Vital statistics of India. Vol. V, Reports of 1876 on armies & jails and on epidemic cholera
Year: 1876
Disease focus: Cholera
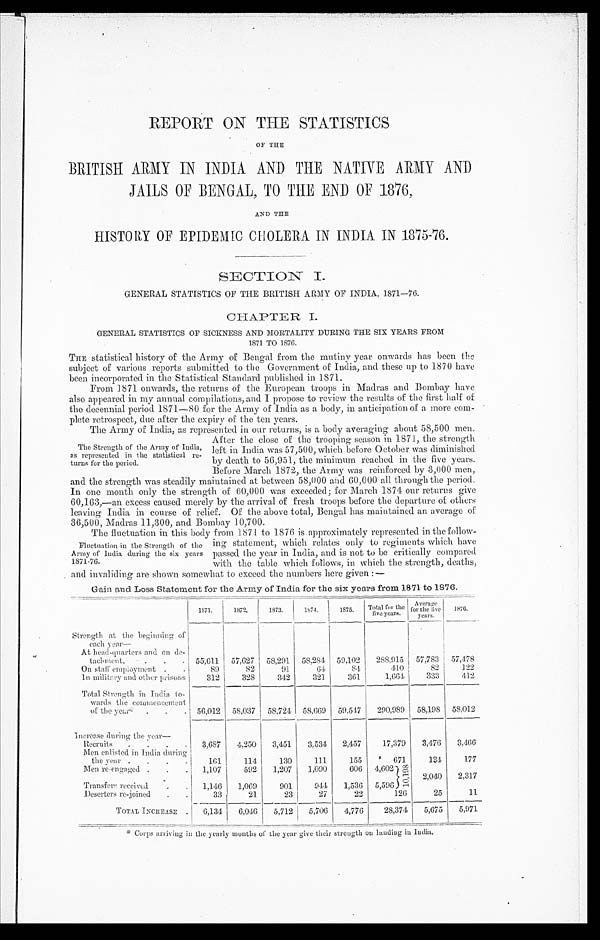
REPORT ON THE STATISTICS
OF THE
BRITISH ARMY IN INDIA AND THE NATIVE ARMY AND
JAILS OF BENGAL, TO THE END OF 1876,
AND THE
HISTORY OF EPIDEMIC CHOLERA IN INDIA IN 1875-16.
SECTION I.
GENERAL STATISTICS OF THE BRITISH ARMY OF INDIA, 1871-76.
CHAPTER I.
GENERAL STATISTICS OF SICKNESS AND MORTALITY DURING THE SIX YEARS FROM
1871 TO 1876.
THE statistical history of the Army of Bengal. from the mutiny year onwards has been the
subject of various reports submitted to the Government of India, and these up to 1870 have
been incorporated in the Statistical Standard published in 1871.
From 1871 onwards, the returns of the European troops in Madras and Bombay have
also appeared in my annual compilations, and I propose to review the results of the first half of
the decennial period 1871—80 for the Army of India as a body, in anticipation of a more com
plete retrospect, due after the expiry of the ten years.
The Army of India, as represented in our returns, is a body averaging about 58,500 men.
After the close of the trooping season in 1871, the strength
left in India was 57,500, which before October was diminished
by death to 56,951, the minimum reached in the five years.
Before March 1872, the Army was reinforced by 3,000 men,
and the strength was steadily maintained at between 58,000 add 00,000 alt through the period.
In one month only the strength of 60,000 was exceeded; for March 1874 our returns give
60,163,—an excess caused merely by the arrival of fresh troops before the departure of others
leaving India in course of relief. Of the above total, Bengal has maintained an average of
36.500, Madras 11.300, and Bombay 10.700.
The fluctuation in this body from 1871 to 1876 is approximately represented in the follow-
The Strength of the Army of India,
as represented in the statistical re-
turns for the period.
Fluctuation in the Strength of the
Army of India during the six years
1871-76.
ing statement, which. relates only to regiments which. have
passed the year in India, and is not to be critically compared
with the table which follows, in which the strength, deaths,
and invaliding are shown somewhat to exceed the numbers here given :—
Gain and Loss Statement for the Army of India for the six years from 1871 to 1876.
1871.
1872.
1873.
1874,
1875.
Total for the
five years.
A v e r a g e f o r t h e f i v e y e a r .
1876.
Strength at the beginning of
e a c h y e a r —
At head-quarters and on de-
tachment,
.
.
. 55,611 57,627 58,291 58,284
59,102
288,915 57,783 57,478
On staff employment .
.
89
82
91
64
84
410
82
122
In military and other prisons
312
328
342
321
261
1,664
333
412
Total Strength in India to-
wards the commencement
of the year‫٭٭‬
.
.
•
56,012
58,037
58,724 58,669
.
59,547
290,989
58,198
58,012
Increase during the year—
Recruits
.
.
.
.
3.657
4,250
3,451
3,534
2,457
17,370
3,476
3.466
Men enlisted in India during
the year .
.
.
.
161
114
130
111
155
671
134
177
Men re-engaged .
.
.
1,107
592
1,207
1,090
606 4,602)
1 0 , 1 9 8
2,040
2,317
Transfer, received
. .
1,146
1,069
90
944
1.536 5,596
Deserters re-joined
.
.
33
21
23
27
22
126
25
11
TOTAL INCREASE .
6,134
6,046
5,712
5,706
4,776
28,374
5,675
5,971
‫٭‬Corps arriving in the yearly months of the year give their strength on landing in India.